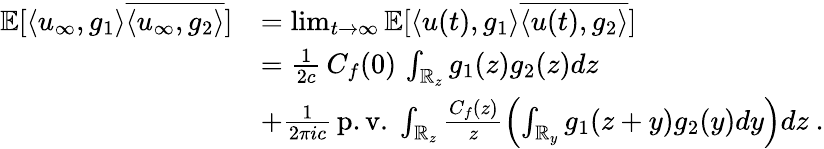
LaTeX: \begin{array}{rl}{\mathbb{E}[\langle u_{\infty},g_{1}\rangle\overline{{\langle u_{\infty},g_{2}\rangle}}]}&{=\operatorname*{lim}_{t\rightarrow\infty}\mathbb{E}[\langle u(t),g_{1}\rangle\overline{{\langle u(t),g_{2}\rangle}}]}\\ &{=\frac{1}{2c}\, C_{f}(0)\, \int_{\mathbb{R}_{z}}g_{1}(z)g_{2}(z)dz}\\ &{+\frac{1}{2\pi ic}\, \mathrm{p.v.}\ \int_{\mathbb{R}_{z}}\frac{C_{f}(z)}{z}\left(\int_{\mathbb{R}_{y}}g_{1}(z+y)g_{2}(y)dy\right)dz\ .}\end{array}